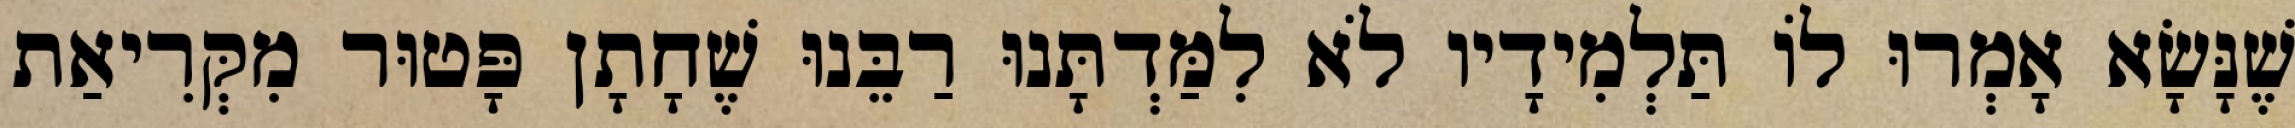
שֶׁנָּשָׂא אָמְרוּ לוֹ תַּלְמִידָיו לֹא לִמַּדְתָּנוּ רַבֵּנוּ שֶׁחָתָן פָּטוּר מִקְּרִיאַת